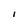
Character: I